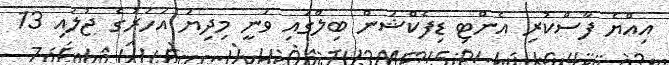
އިއްޔެ ފާސްކުރި އެންޓި ޑިފެކްޝަން ބިލްގައި ވަނީ މިދިޔަ އަހަރުގެ ޖުލައި 13